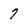
Character: 7